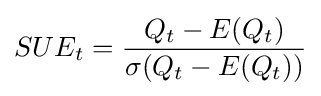
SUE_{t}={\frac {Q_{t}-E(Q_{t})}{\sigma (Q_{t}-E(Q_{t}))}}